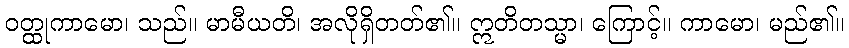
ဝတ္ထုကာမော၊ သည်။ မာမီယတိ၊ အလိုရှိတတ်၏။ ဣတိတသ္မာ၊ ကြောင့်။ ကာမော၊ မည်၏။